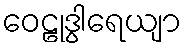
ဝေဠုဒွါရေယျာ